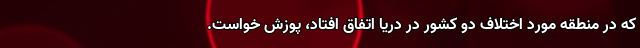
که در منطقه مورد اختلاف دو کشور در دریا اتفاق افتاد، پوزش خواست.